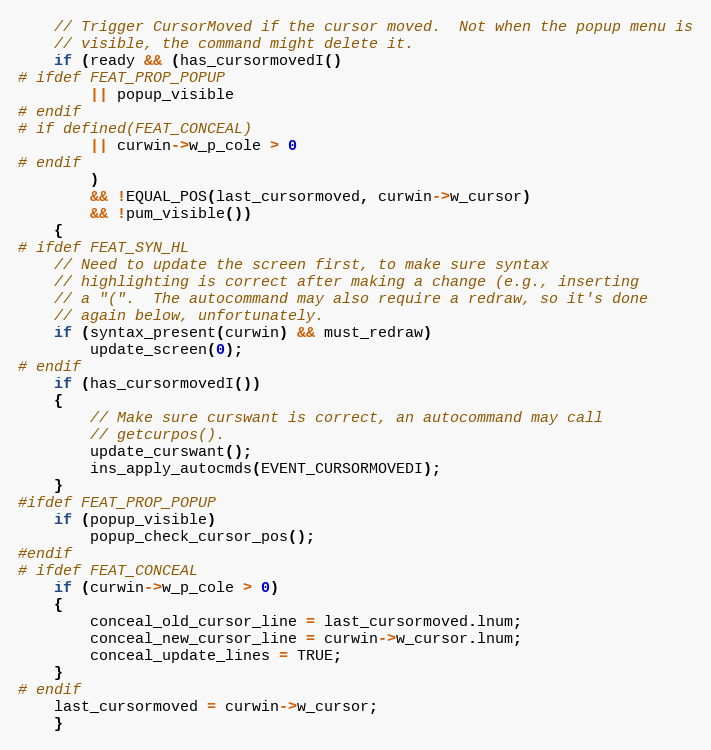
Language: C
    // Trigger CursorMoved if the cursor moved.  Not when the popup menu is
    // visible, the command might delete it.
    if (ready && (has_cursormovedI()
# ifdef FEAT_PROP_POPUP
		|| popup_visible
# endif
# if defined(FEAT_CONCEAL)
		|| curwin->w_p_cole > 0
# endif
		)
	    && !EQUAL_POS(last_cursormoved, curwin->w_cursor)
	    && !pum_visible())
    {
# ifdef FEAT_SYN_HL
	// Need to update the screen first, to make sure syntax
	// highlighting is correct after making a change (e.g., inserting
	// a "(".  The autocommand may also require a redraw, so it's done
	// again below, unfortunately.
	if (syntax_present(curwin) && must_redraw)
	    update_screen(0);
# endif
	if (has_cursormovedI())
	{
	    // Make sure curswant is correct, an autocommand may call
	    // getcurpos().
	    update_curswant();
	    ins_apply_autocmds(EVENT_CURSORMOVEDI);
	}
#ifdef FEAT_PROP_POPUP
	if (popup_visible)
	    popup_check_cursor_pos();
#endif
# ifdef FEAT_CONCEAL
	if (curwin->w_p_cole > 0)
	{
	    conceal_old_cursor_line = last_cursormoved.lnum;
	    conceal_new_cursor_line = curwin->w_cursor.lnum;
	    conceal_update_lines = TRUE;
	}
# endif
	last_cursormoved = curwin->w_cursor;
    }